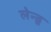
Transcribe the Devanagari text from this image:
लेन्डू